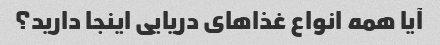
آیا همه انواع غذاهای دریایی اینجا دارید؟